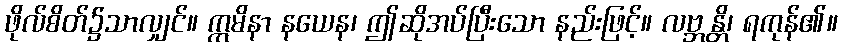
ဖိုလ်စိတ်၌သာလျှင်။ ဣမိနာ နယေန၊ ဤဆိုအပ်ပြီးသော နည်းဖြင့်။ လဗ္ဘန္တိ၊ ရကုန်၏။